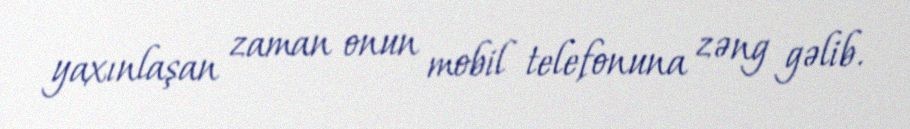
yaxınlaşan zaman onun mobil telefonuna zəng gəlib.